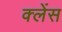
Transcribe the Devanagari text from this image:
क्लेंस